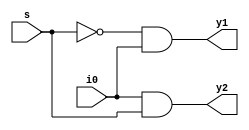
`timescale 1ns / 1ps
module demux1x2(
    input i0,
    input s,
    output y1,
    output y2
    );
   assign y1=(~s)&i0;
    assign y2=i0&s;
endmodule